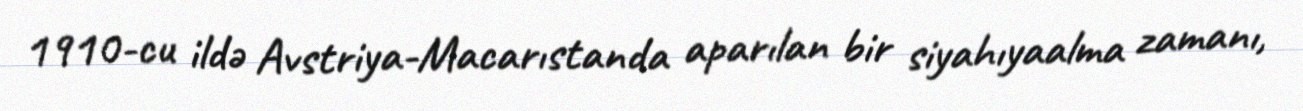
1910-cu ildə Avstriya-Macarıstanda aparılan bir siyahıyaalma zamanı,